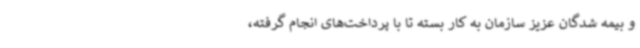
و بیمه شدگان عزیز سازمان به کار بسته تا با پرداخت‌های انجام گرفته،